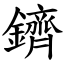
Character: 鑇